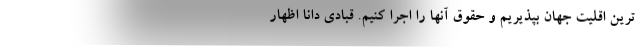
ترین اقلیت جهان بپذیریم و حقوق آنها را اجرا کنیم. قبادی دانا اظهار